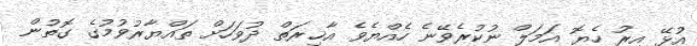
އުޅޭ އިރު ހެޔޮ އަމަލް ނުކުރެވޭނެ ހެއްޔެވެ އާޚިރަތް ދުވަހަށް ތައްޔާރުވުމުގެ ގޮތުން